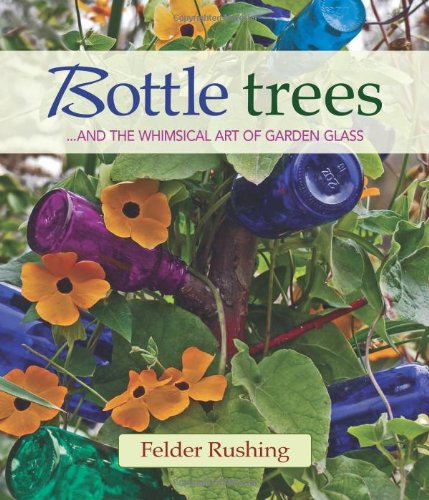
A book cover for Bottle Trees: ...and the Whimsical Art of Garden Glass; Felder Rushing; Crafts, Hobbies & Home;